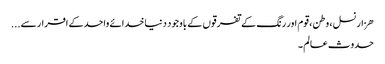
ھزار نسل ، وطن ، قوم اور رنگ کے تفرقوں کے باوجود دنیا خدائے واحدکے اقرار سے...
حدوث عالم ۔